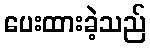
ပေးထားခဲ့သည်